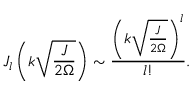
J _ { l } \left( k \sqrt { \frac { J } { 2 \Omega } } \right) \sim \frac { \left( k \sqrt { \frac { J } { 2 \Omega } } \right) ^ { l } } { l ! } .